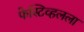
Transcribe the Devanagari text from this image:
फेस्टिव्हलला